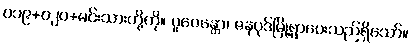
၀၁၉+၀၂၀+မင်းသားတို့ကို။ ပူဇေန္တော၊ ဇနပုဒ်မြို့ရွာပေးသည်ရှိသော်။